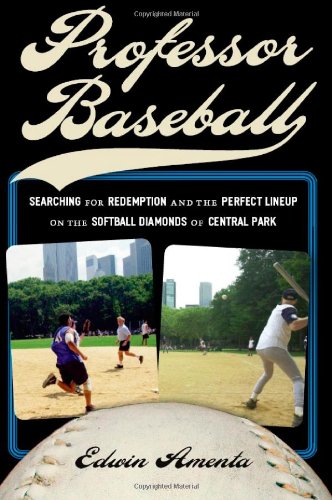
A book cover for Professor Baseball: Searching for Redemption and the Perfect Lineup on the Softball Diamonds of Central Park; Edwin Amenta; Sports & Outdoors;